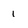
Character: 1